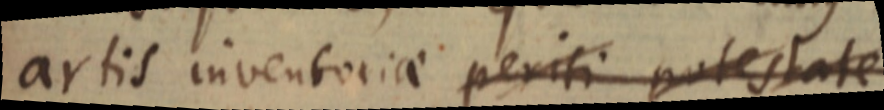
artis inventoriae periti potestate